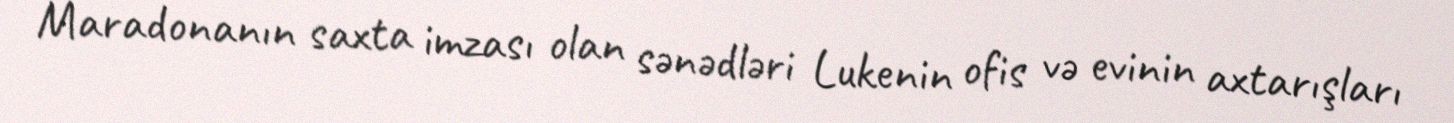
Maradonanın saxta imzası olan sənədləri Lukenin ofis və evinin axtarışları